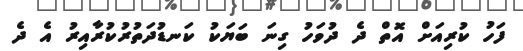
ފަހު ކުރިއަށް އޮތް ދެ ދުވަހު ގިނަ ބަޔަކު ކަނޑުދަތުރުކުރާއިރު އެ ދެ